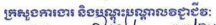
ក្រសួងការងារ និងបណ្តុះបណ្តាលវិជ្ជាជីវៈ